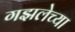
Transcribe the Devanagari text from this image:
गझलेच्या